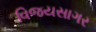
વિજયસાગર